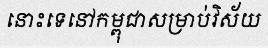
នោះទេនៅកម្ពុជាសម្រាប់វិស័យ